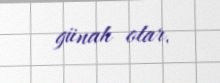
günah olar.